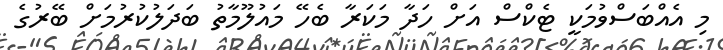
މި އެއްބަސްވުމަކީ ޓެކްސް އަށް ހަދާ މަކަރާ ބެހޭ މައުލޫމާތު ބަދަލުކުރުމަށް ބޭރުގެ